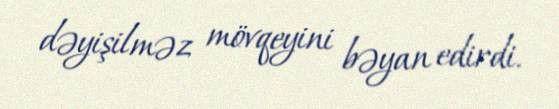
dəyişilməz mövqeyini bəyan edirdi.